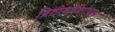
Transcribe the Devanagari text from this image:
ब्रिटीशांविरोधात